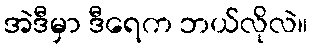
အဲဒီမှာ ဒီရေက ဘယ်လိုလဲ။